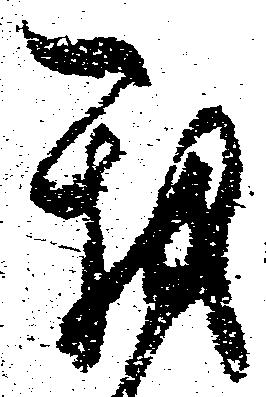
我